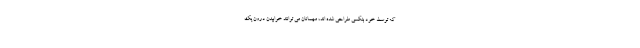
که توسط خود بنکسی طراحی شده اند، مهمانان می توانند خوابیدن درون یک